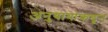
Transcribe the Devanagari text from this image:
अनुयायांकडून